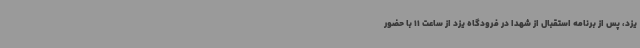
یزد، پس از برنامه استقبال از شهدا در فرودگاه یزد از ساعت 11 با حضور